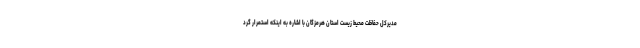
مدیرکل حفاظت محیط زیست استان هرمزگان با اشاره به اینکه استمرار گرد